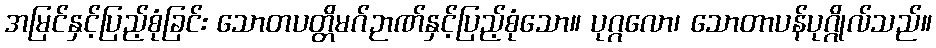
အမြင်နှင့်ပြည့်စုံခြင်း သောတပတ္တိမဂ်ဉာဏ်နှင့်ပြည့်စုံသော။ ပုဂ္ဂလော၊ သောတာပန်ပုဂ္ဂိုလ်သည်။